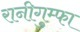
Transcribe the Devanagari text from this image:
रानीगुम्फा